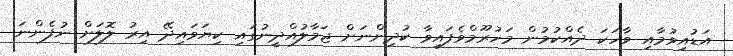
އަޑުއިވުމާއި ވާހަކަ ދެއްކުމުން މަހުރޫމްވެފައިވާ ކުދިންނަށް ޖަމާލުއްދީނުގައި ކިޔަވައިދޭ އިރު ލޮލަށް ނުފެންނަ